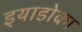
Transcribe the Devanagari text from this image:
इयाडोका